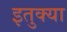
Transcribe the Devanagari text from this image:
इतुक्या